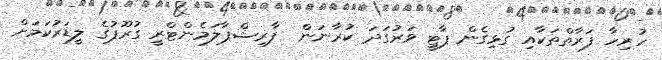
ހުރިހާ ފަރާތްތަކާއި ގުޅިގެން ޕާޓީ ވަރުގަދަ ކުރާނަން  ފާރިޝްޕާލަމެންޓްރީ ގުރޫޕުގެ ލީޑަރުކަމަށް